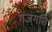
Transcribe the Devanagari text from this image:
गजगति